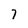
Character: 7